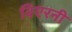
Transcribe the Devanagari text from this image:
विएरनी